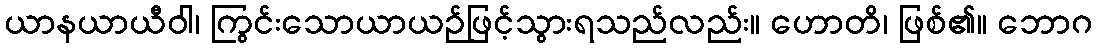
ယာနယာယီဝါ၊ ကြွင်းသောယာယဉ်ဖြင့်သွားရသည်လည်း။ ဟောတိ၊ ဖြစ်၏။ ဘောဂ